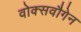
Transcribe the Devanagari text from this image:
वोक्सवौगेन